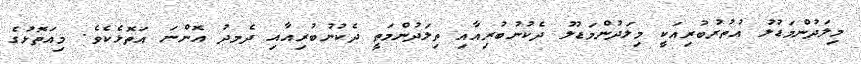
މިލަދުންމަޑުލު އުތުރުބުރިއަކީ މިލަދުންމަޑުލު ދެކުނުބުރިއާއި ތިލަދުންމަތީ ދެކުނުބުރިއާއި ދެމދު އޮންނަ އަތޮޅެކެވެ. މިއަތޮޅުގެ